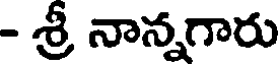
- శ్రీ నాన్నగారు